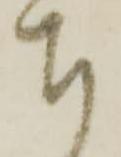
ち